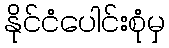
နိုင်ငံပေါင်းစုံမှ